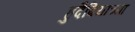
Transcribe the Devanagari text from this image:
हुदैबियाच्या